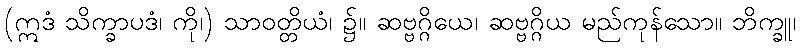
(ဣဒံ သိက္ခာပဒံ၊ ကို၊) သာဝတ္တိယံ၊ ၌။ ဆဗ္ဗဂ္ဂိယေ၊ ဆဗ္ဗဂ္ဂိယ မည်ကုန်သော။ ဘိက္ခူ၊